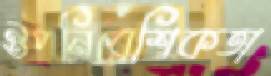
ঔপনিবেশিকতা